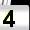
Digit: 4